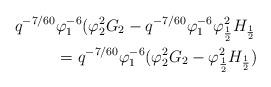
LaTeX: \begin{align*} q^{-7/60}&\varphi_1^{-6}(\varphi_2^2G_2-q^{-7/60}\varphi_1^{-6}\varphi_\frac{1}{2}^2H_\frac{1}{2}\\ &= q^{-7/60}\varphi_1^{-6}(\varphi_2^2G_2-\varphi_\frac{1}{2}^2H_\frac{1}{2})\end{align*}